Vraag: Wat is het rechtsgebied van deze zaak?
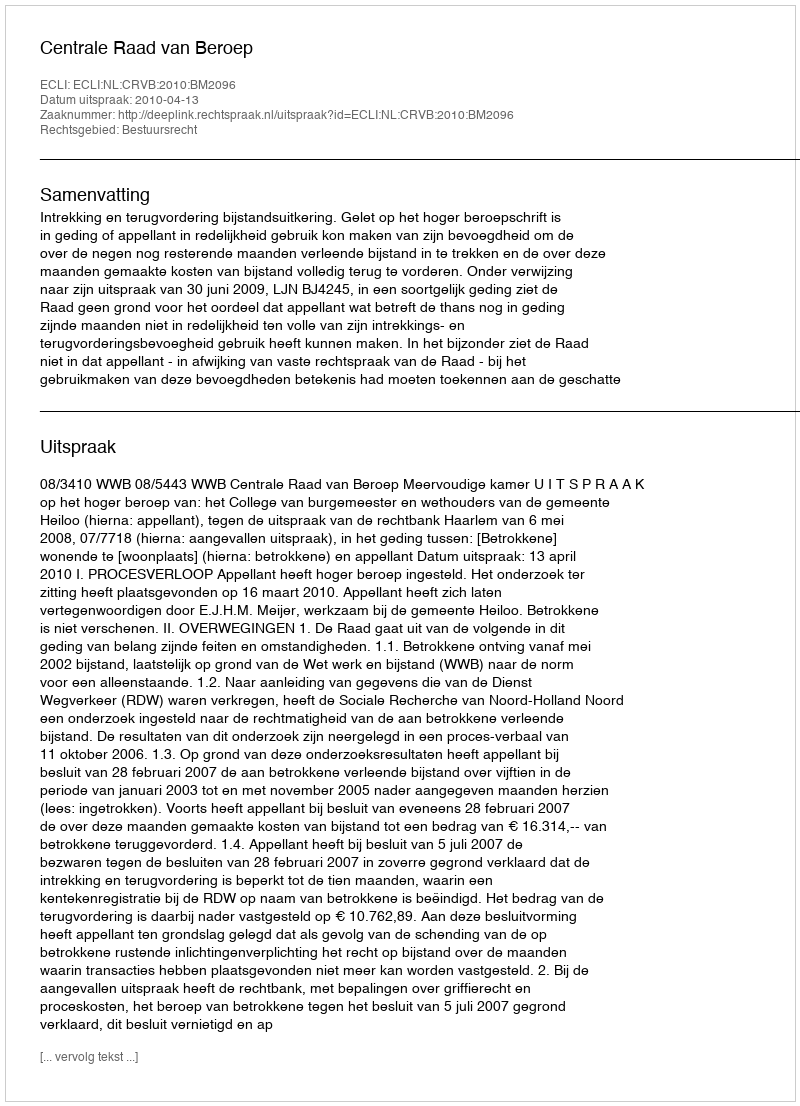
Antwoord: Bestuursrecht